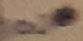
Text: 100